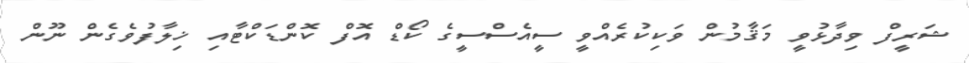
ޝަރީފް ވިދާޅުވީ މަޤާމުން ވަކިކުރެއްވީ ސީއެސްސީގެ ކޯޑް އޮފް ކޮންޑަކްޓާއި ޚިލާފުވެގެން ނޫން